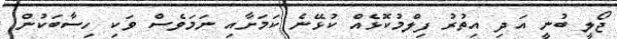
ޖޯލީ ބުނީ އަދި އިތުރު ފިލްމުކޮޅެއް ކުޅޭނެ ކަމަށާއި ނަމަވެސް ވަކި ހިސާބަކުން